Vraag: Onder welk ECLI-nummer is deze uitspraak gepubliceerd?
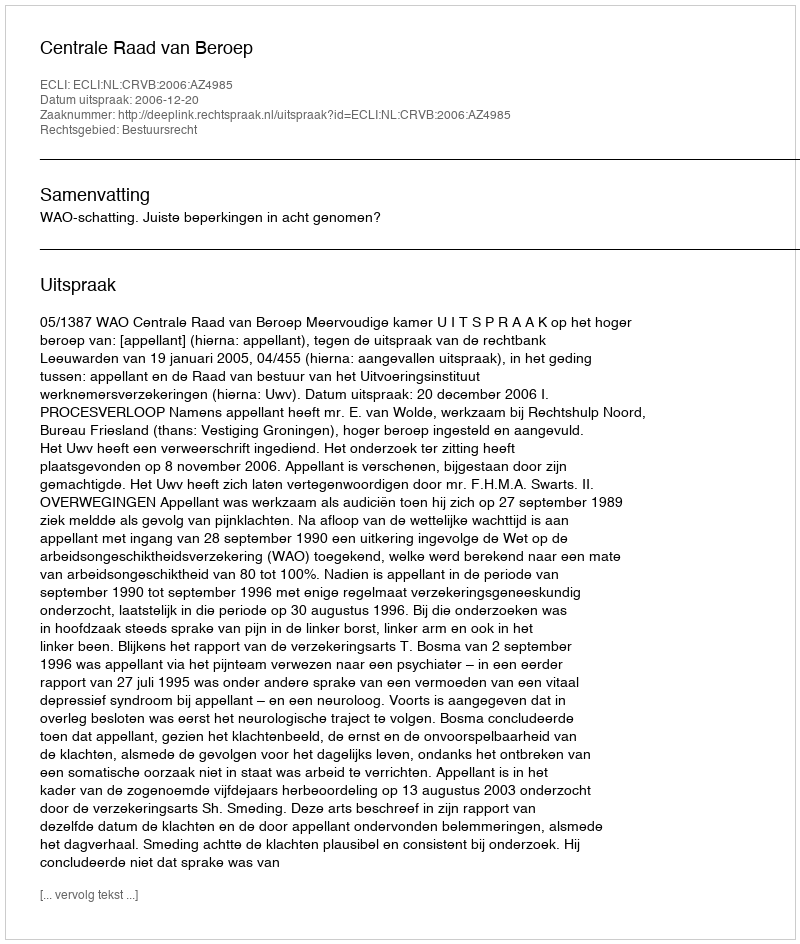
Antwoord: ECLI:NL:CRVB:2006:AZ4985